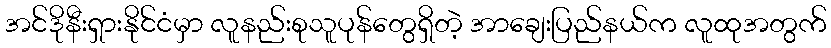
အင်ဒိုနီးရှားနိုင်ငံမှာ လူနည်းစုသူပုန်တွေရှိတဲ့ အာချေးပြည်နယ်က လူထုအတွက်